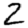
Digit: 2